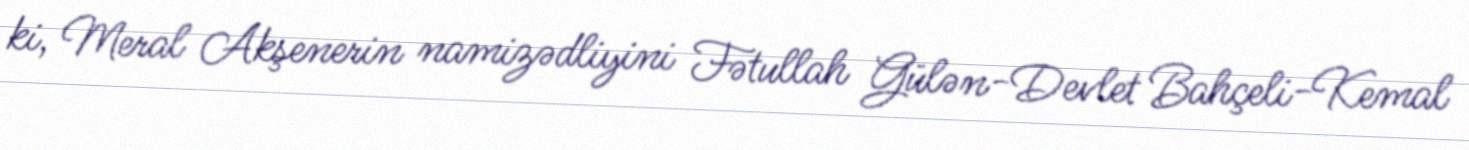
ki, Meral Akşenerin namizədliyini Fətullah Gülən-Devlet Bahçeli-Kemal